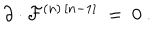
LaTeX: \partial \cdot { \cal F } ^ { ( n ) \, [ n - 1 ] } \ = \ 0 \ .